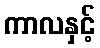
ကာလနှင့်